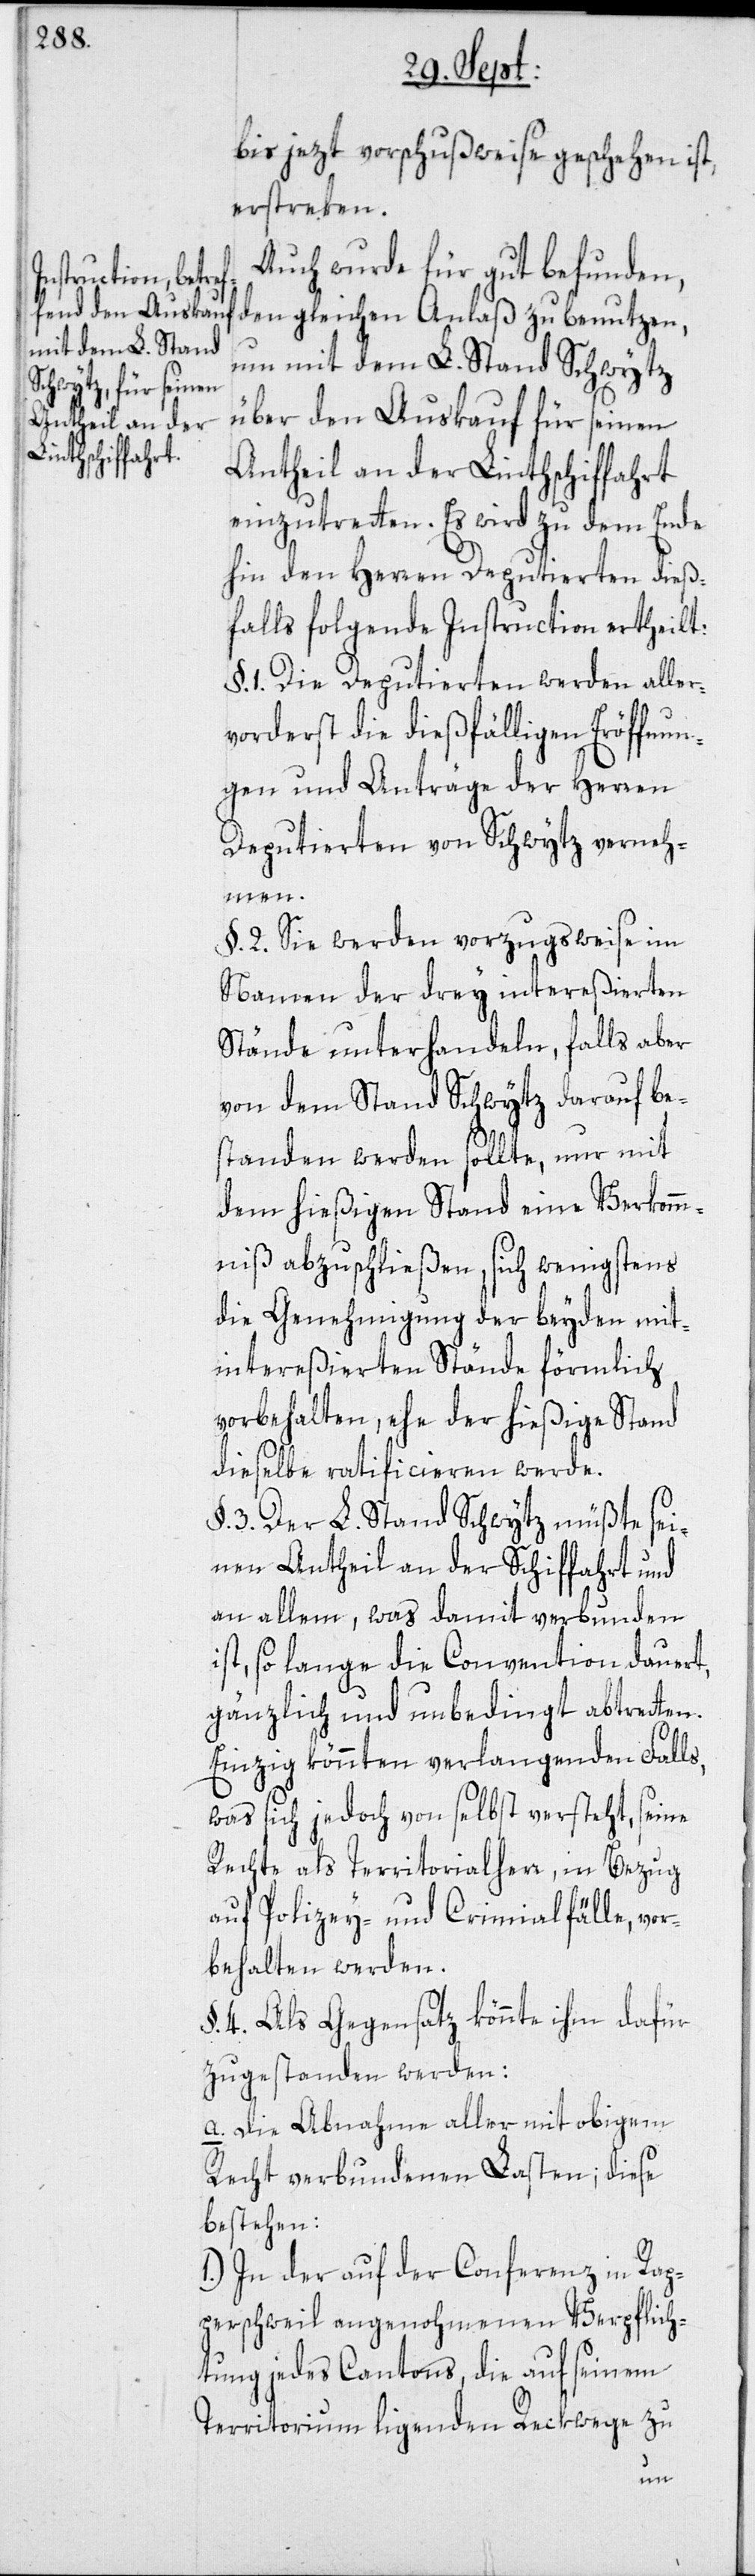
bis jezt vorschußweise geschehen ist,
erstreken.
Auch wurde für gut befunden,
den gleichen Anlaß zu benutzen,
um mit dem L. Stand Schwytz
über den Auskauf für seinen
Antheil an der Linthschiffahrt
einzutretten. Es wird zu dem Ende
hin den Herren Deputierten dieß¬
falls folgende Instruction ertheilt:
§. 1. Die Deputierten werden aller¬
vorderst die dießfälligen Eröffnun¬
gen und Anträge der Herren
Deputierten von Schwytz verneh¬
men.
§. 2. Sie werden vorzugsweise im
Namen der drey intereßierten
Stände unterhandeln, falls aber
von dem Stand Schwytz darauf be¬
standen werden sollte, nur mit
dem hießigen Stand eine Verkomm¬
niß abzuschließen, sich wenigstens
die Genehmigung der beyden mit¬
intereßierten Stände förmlich
vorbehalten, ehe der hießige Stand
dieselbe ratificieren werde.
§. 3. Der L. Stand Schwytz müßte sei¬
nen Antheil an der Schiffahrt und
an allem, was damit verbunden
ist, so lange die Convention dauert,
gänzlich und unbedingt abtretten.
Einzig könnten verlangenden Falls,
was sich jedoch von selbst versteht, seine
Rechte als Territorialherr, in Bezug
auf Polizey- und Criminalfälle, vor¬
behalten werden.
§. 4. Als Gegensatz könnte ihm dafür
zugestanden werden:
a. Die Abnahme aller mit obigem
Recht verbundenen Lasten; diese
bestehen:
1.) In der auf der Conferenz in Rap¬
perschweil angenohmenen Verpflich¬
tung jedes Cantons, die auf seinem
Territorium ligenden Reckwege zu